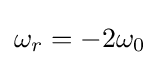
\omega _{r}=-2\omega _{0}